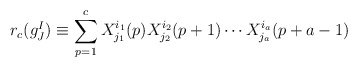
\begin{align*}r_c (g^I_J) \equiv \sum_{p=1}^c X^{i_1}_{j_1}(p) X^{i_2}_{j_2}(p+1) \cdots X^{i_a}_{j_a}(p+a-1)\end{align*}